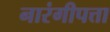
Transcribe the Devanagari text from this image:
नारंगीपत्ता